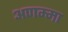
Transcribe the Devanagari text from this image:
अणम्मा